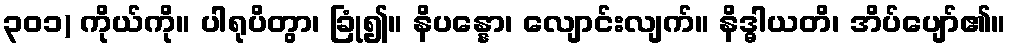
၃၀၁) ကိုယ်ကို။ ပါရုပိတွာ၊ ခြုံ၍။ နိပန္နော၊ လျောင်းလျက်။ နိဒ္ဓါယတိ၊ အိပ်ပျော်၏။